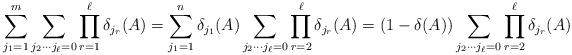
LaTeX: \begin{align*}\sum_{j_1=1}^m\sum_{j_2\cdots j_\ell=0} \prod_{r=1}^\ell\delta_{j_r}(A)=\sum_{j_1=1}^n \delta_{j_1}(A) \sum_{j_2\cdots j_\ell=0} \prod_{r=2}^\ell\delta_{j_r}(A)=(1-\delta(A))\sum_{j_2\cdots j_\ell=0} \prod_{r=2}^\ell\delta_{j_r}(A)\end{align*}